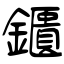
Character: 鑎